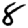
Digit: 8